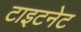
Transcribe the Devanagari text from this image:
टाइटनेट